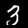
Label: 3